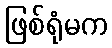
ဖြစ်ရုံမက